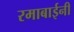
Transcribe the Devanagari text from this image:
रमाबाईनी